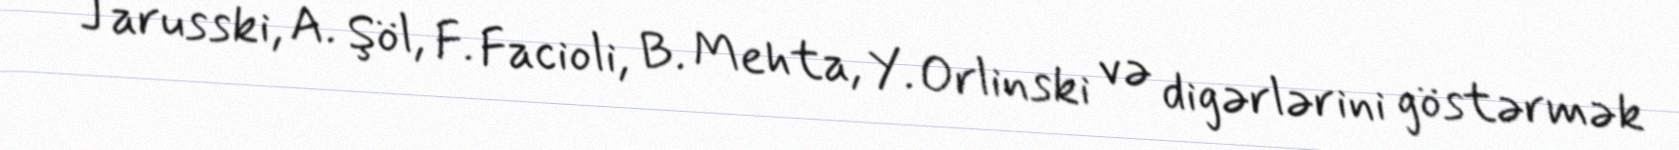
Jarusski, A. Şöl, F. Facioli, B. Mehta, Y. Orlinski və digərlərini göstərmək